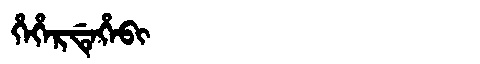
Manchu: ᡥᡝᡥᡝᡵᡩᡝᡥᡝᠪᡳ
Romanization: HEHERDEHEBI